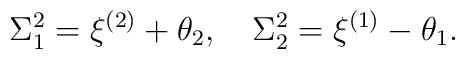
\Sigma^2_1=\xi^{(2)}+\theta_2,\quad\Sigma^2_2=\xi^{(1)}-\theta_1.